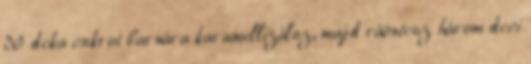
30 deka cukrot barnára karamellizálsz, majd ráöntesz három deci